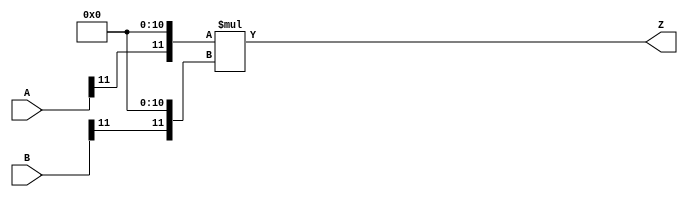
/***
* This code is a part of EvoApproxLib library (ehw.fit.vutbr.cz/approxlib) distributed under The MIT License.
* When used, please cite the following article(s): V. Mrazek, Z. Vasicek, L. Sekanina, H. Jiang and J. Han, "Scalable Construction of Approximate Multipliers With Formally Guaranteed Worst Case Error" in IEEE Transactions on Very Large Scale Integration (VLSI) Systems, vol. 26, no. 11, pp. 2572-2576, Nov. 2018. doi: 10.1109/TVLSI.2018.2856362 
* This file contains a circuit from a sub-set of pareto optimal circuits with respect to the pwr and ep parameters
***/
// MAE% = 18.74 %
// MAE = 3143680 
// WCE% = 74.95 %
// WCE = 12574721 
// WCRE% = 100.00 %
// EP% = 99.95 %
// MRE% = 87.98 %
// MSE = 15865.376e9 
// PDK45_PWR = 0.0003 mW
// PDK45_AREA = 2.3 um2
// PDK45_DELAY = 0.04 ns



module mul12u_35V(
	A, 
	B,
	Z
);

input [12-1:0] A;
input [12-1:0] B;
output [2*12-1:0] Z;

wire [12-1:0] tmpA;
wire [12-1:0] tmpB;
assign tmpA = {A[12-1:11],{11{1'b0}}};
assign tmpB = {B[12-1:11],{11{1'b0}}};
assign Z = tmpA * tmpB;
endmodule